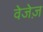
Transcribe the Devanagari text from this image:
वेजेज़